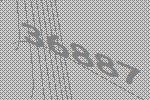
36887